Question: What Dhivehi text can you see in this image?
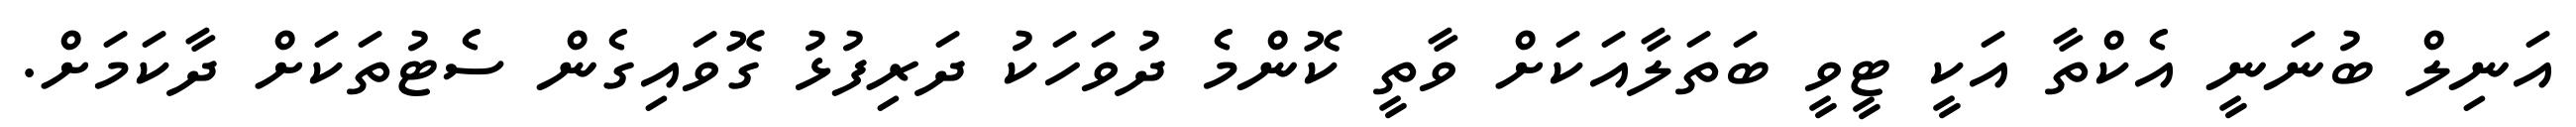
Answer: އަނިލް ބުނަނީ އެކްތާ އަކީ ޓީވީ ބަތަލާއަކަށް ވާތީ ކޮންމެ ދުވަހަކު ދަރިފުޅު ގޮވައިގެން ސެޓުތަކަށް ދާކަމަށް.